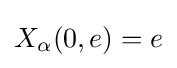
X_{\alpha }(0,e)=e